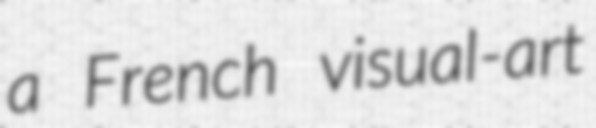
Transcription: a French visual-art